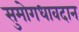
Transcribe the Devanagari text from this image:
सुमोगधावदान